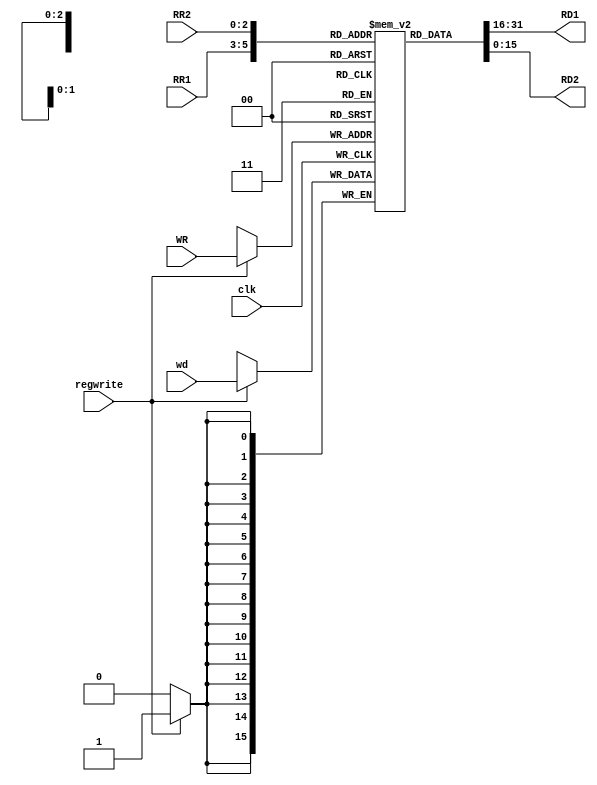
`timescale 1ns/1ns
module Regfile(input [2:0] RR1,RR2,WR,input [15:0] wd,input regwrite ,clk,output reg[15:0] RD1,RD2);
	reg [15:0] regs [7:0];
	initial begin
		regs[0] = 0;
	end
	always@(RR1,RR2,clk) begin
		RD1 = regs[RR1];
		RD2 = regs[RR2];
	end
	always@(posedge clk) begin
		if(regwrite) begin 
			regs[WR] <= wd;
		end
	end
endmodule